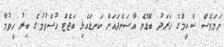
ނަމަވެސް ސްކީމްގެ ހަރަދު ބޮޑުވެ އާސަންދައަށް ކަނޑައެޅި ބަޖެޓް ހުސްވުމުގެ ބިރު ހީވުމާ